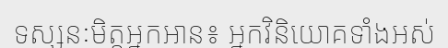
ទស្សនៈមិត្តអ្នកអាន៖ អ្នកវិនិយោគទាំងអស់